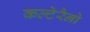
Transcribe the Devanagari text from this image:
कल्टेरैनो